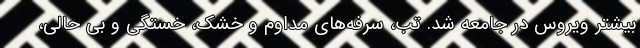
بیشتر ویروس در جامعه شد. تب، سرفه‌های مداوم و خشک، خستگی و بی حالی،